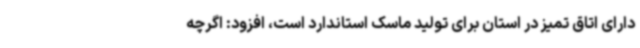
دارای اتاق تمیز در استان برای تولید ماسک استاندارد است، افزود: اگرچه